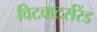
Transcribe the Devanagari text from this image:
विटवाटर्सरेंड